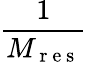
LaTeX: \frac{1}{M_{\mathrm{~r~e~s~}}}